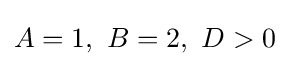
A=1,\ B=2,\ D>0